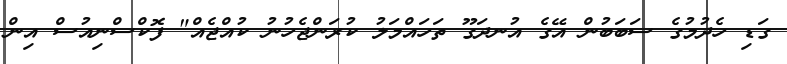
ގަޑި ހެދުމުގެ ސަބަބުން އޭގެ އުނދަގޫ ތަހައްމަލު ކުރަންޖެހުނު ކުއްޖެއް" ފޮކްސްނިއުސް އިން